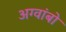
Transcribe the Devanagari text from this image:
अग्वांबो